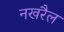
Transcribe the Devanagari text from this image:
नखरैल